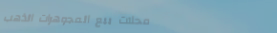
محلات بيع المجوهرات الذهب